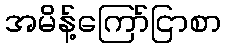
အမိန့်ကြော်ငြာစာ